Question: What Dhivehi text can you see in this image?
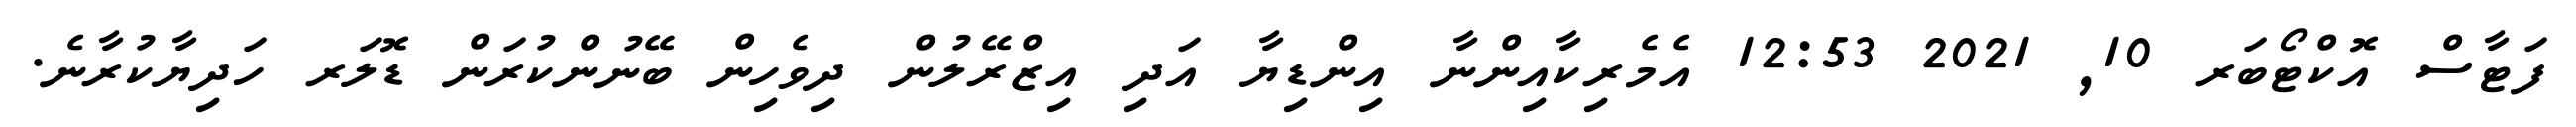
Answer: ފަޓާސް އޮކްޓޯބަރ 10, 2021 12:53 އެމެރިކާއިންނާ އިންޑިޔާ އަދި އިޒްރޭލުން ދިވެހިން ބޭނުންކުރަން ޑޮލަރ ހަދިޔާކުރާނެ.